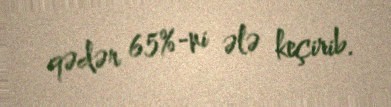
qədər 65%-ni ələ keçirib.